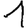
Digit: 1